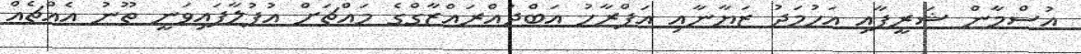
އުސްމާން ޝަރީފާއި އަހުމަދު ޒަޔާނާއި އަފްރާހު އަބްދުއްރައްޒާގްގެ މައްޗަށް އުފުލާފައިވަނީ ތޫނު އެއްޗެއް